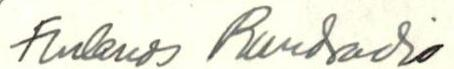
Finlands Rundradio